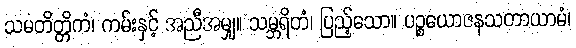
သမတိတ္တိကံ၊ ကမ်းနှင့် အညီအမျှ။ သမ္ဘရိတံ၊ ပြည့်သော။ ပဉ္စယောဇနသတာယာမံ၊